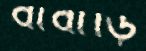
বাবাড়ি